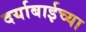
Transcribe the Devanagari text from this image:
दर्याबाईच्या